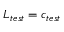
L _ { t e s t } = c _ { t e s t }